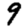
Digit: 9